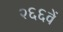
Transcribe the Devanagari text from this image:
२६६वें